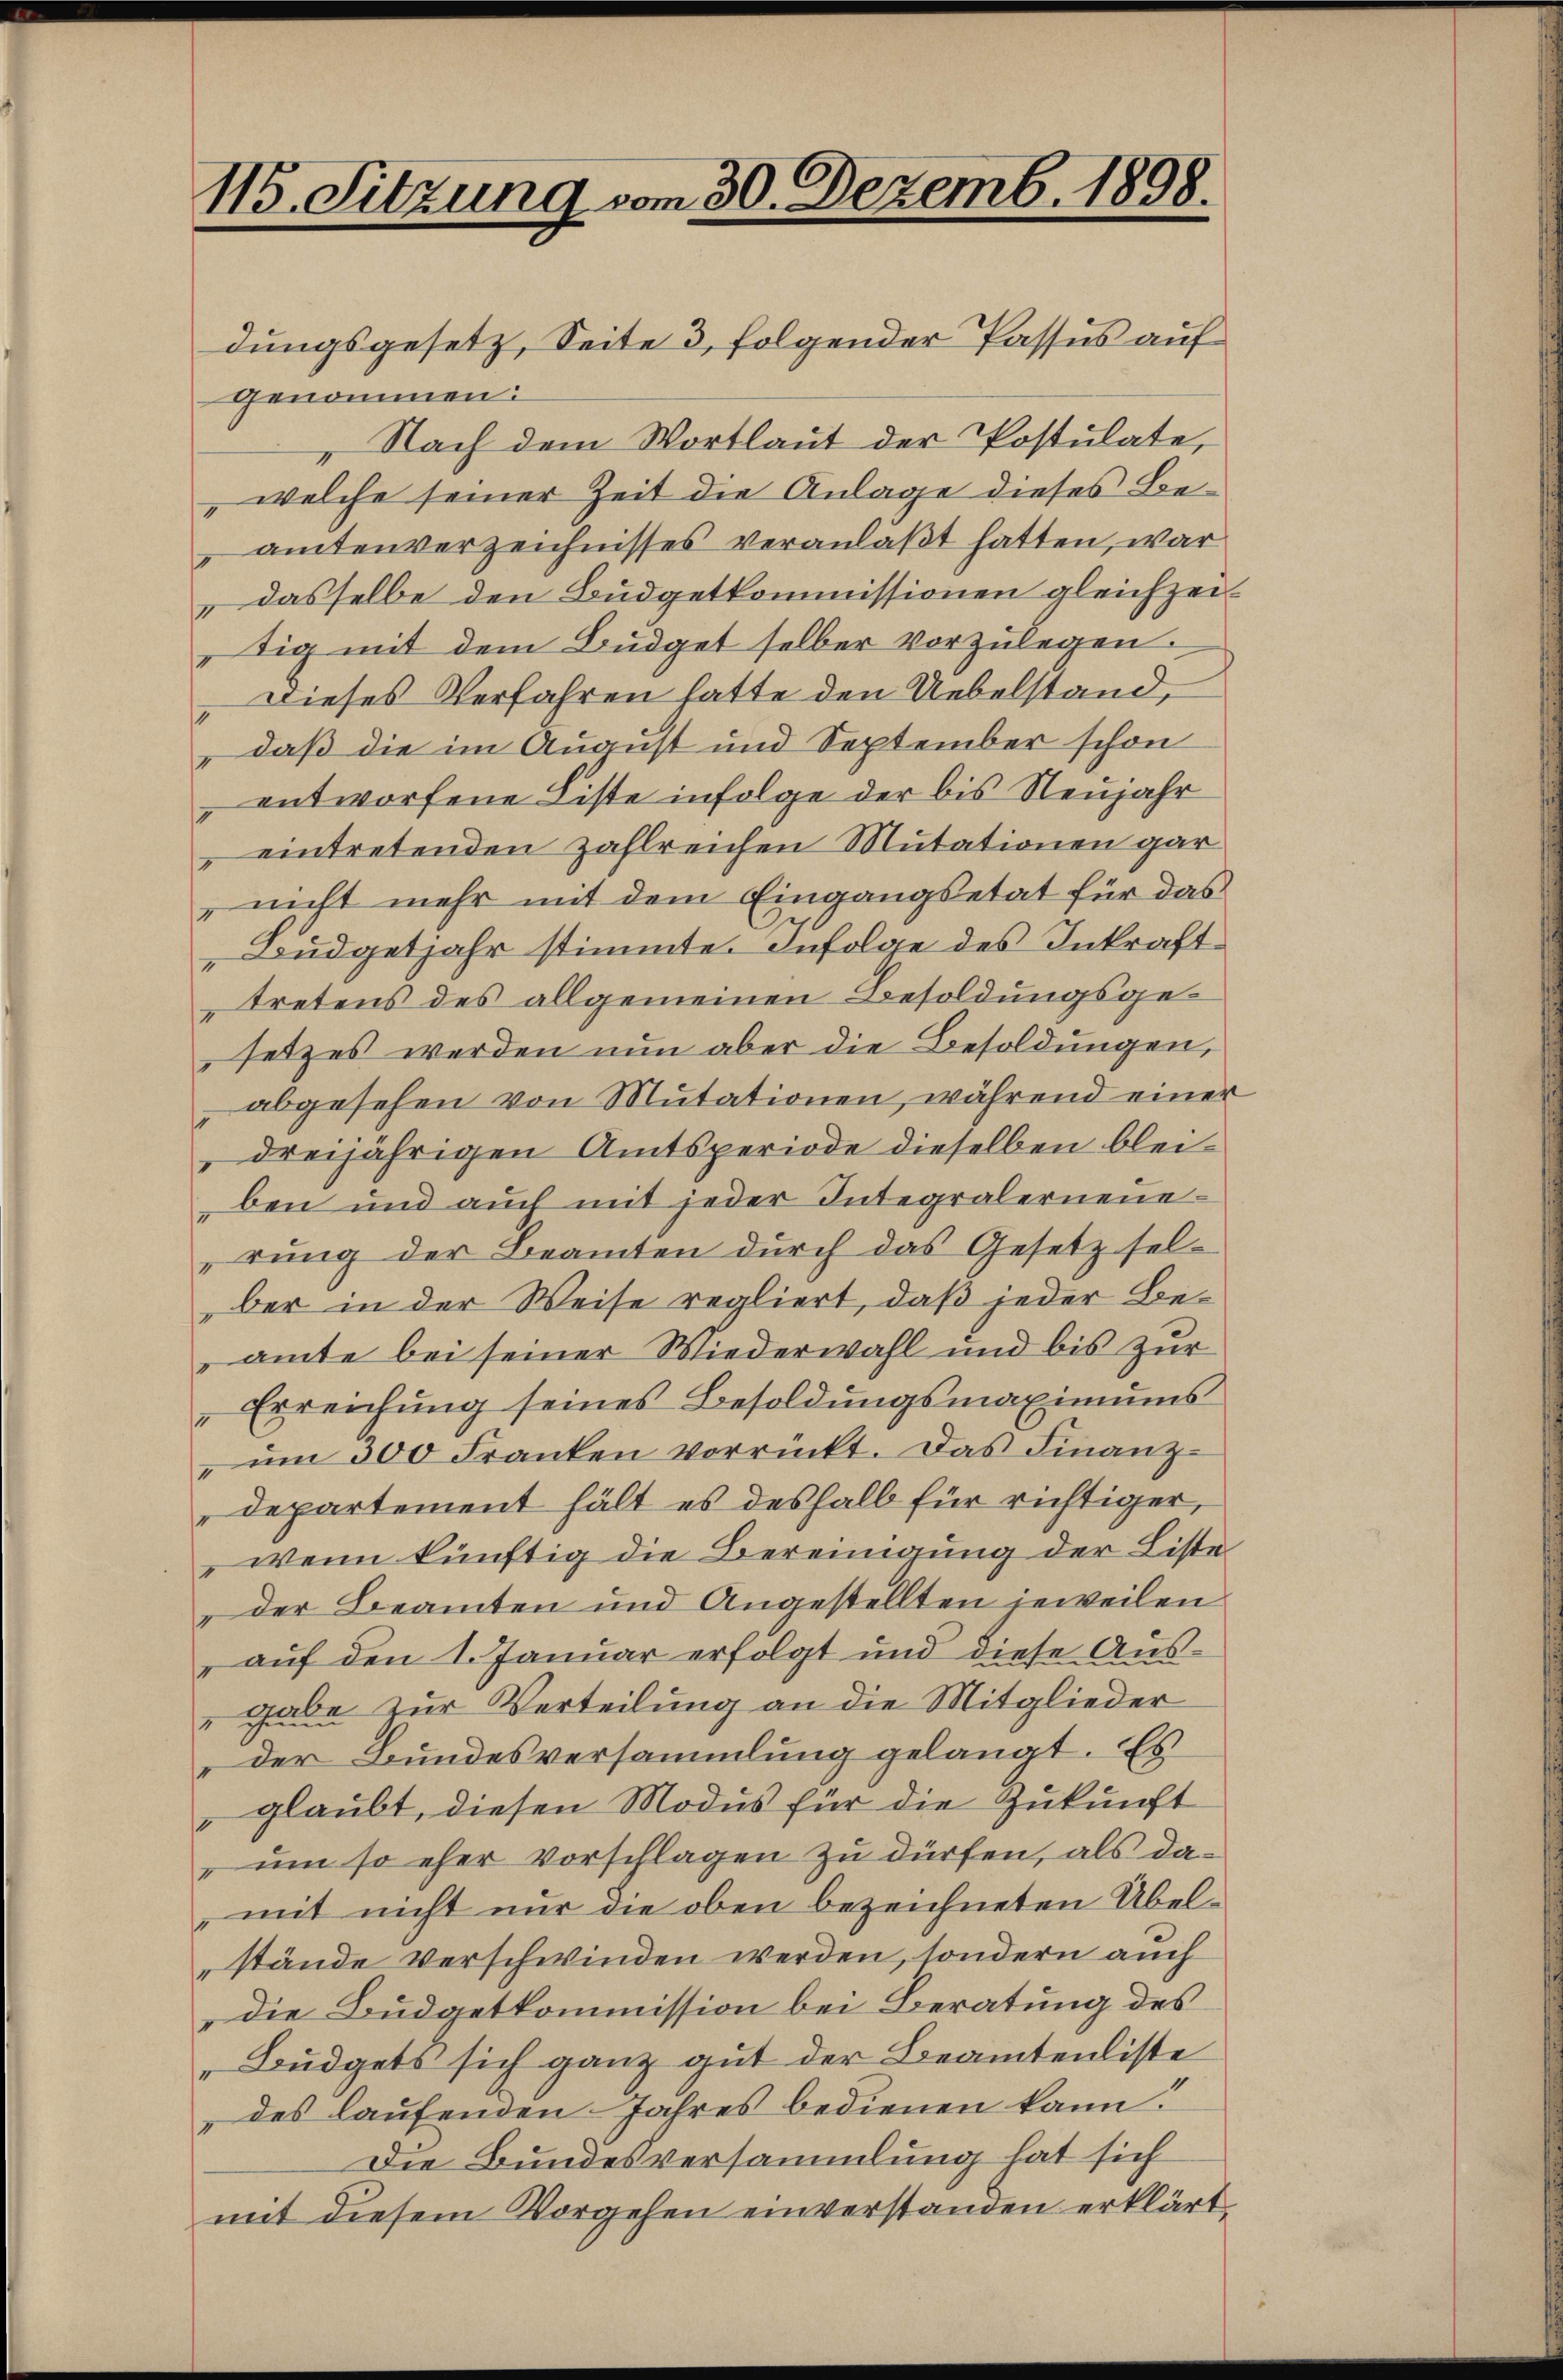
115. Sitzung vom 30. Dezemb. 1898.

dungsgesetz, Seite 3, folgender Passus auf
genommen:
„Nach dem Wortlaut der Postulate,
" welche seiner Zeit die Anlage dieses Beamtenverzeichnisses veranlaßt hatten, war
dasselbe den Budgetkommissionen gleichzeitig mit dem Büdget selber vorzulegen.
„Dieses Verfahren hatte den Uebelstand,
" daß die im August und September schon
 entworfene Liste infolge der bis Neujahr
eintretenden zahlreichen Mutationen gar
" nicht mehr mit dem Eingangsetat für das
Büdgetjahr stimmte. Infolge des Inkrafttretens des allgemeinen Besoldungsgesetzes werden nun aber die Besoldungen,
abgesehen von Mutationen, während einer
dreijährigen Amtsperiode dieselben bleiben und auch mit jeder Integralerneuerŭng der Beamten dŭrch das Gesetz sel-
ber in der Weise regliert, daß jeder Beamte bei seiner Wiederwahl und bis zur
Erreichung seines Besoldŭngsmaximums
ŭm 300 Franken vorrückt. Das Finanz-
Departement hält es deshalb für richtiger,
wenn künftig die Bereinigung der Liste
der Beamten und Angestellten jeweilen
" auf den 1. Januar erfolgt und diese Aus-
gabe zur Verteilung an die Mitglieder
der Bundesversammlung gelangt. Es
 glaubt, diesen Modus für die Zukunft
 um so eher vorschlagen zu dürfen, als damit nicht nur die oben bezeichneten Übelstände verschwinden werden, sondern auch
die Budgetkommission bei Beratung des
Büdgets sich ganz gut der Beamtenliste
des laufenden Jahres bedienen kann.
Die Bundesversammlung hat sich
mit diesem Vorgehen einverstanden erklärt.